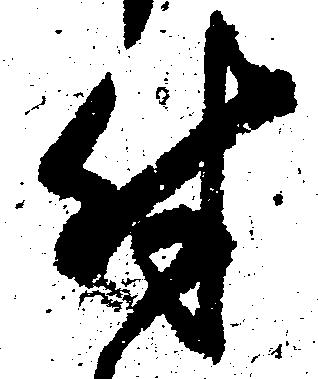
付